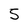
Character: 5